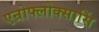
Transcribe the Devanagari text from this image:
एन्रोफ्लोक्सासिं